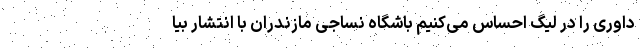
داوری را در لیگ احساس می‌کنیم باشگاه نساجی مازندران با انتشار بیا